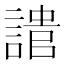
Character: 𧪯